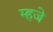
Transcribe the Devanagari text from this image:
म्हजे